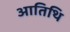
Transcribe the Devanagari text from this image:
आतिथि